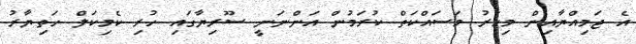
އެ ޖަމިއްޔާއިން މިހާރު މަސައްކަތް ކުރަމުން އަންނަނީ ސޫރިޔާގައި ހުރި ކެމިކަލް ހަތިޔާރު